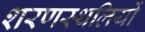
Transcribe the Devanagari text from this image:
शरणस्थलियों